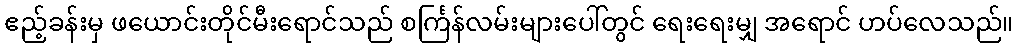
ဧည့်ခန်းမှ ဖယောင်းတိုင်မီးရောင်သည် စင်္ကြန်လမ်းများပေါ်တွင် ရေးရေးမျှ အရောင် ဟပ်လေသည်။